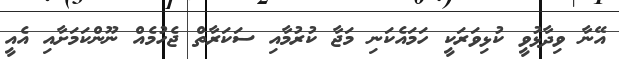
އޭނާ ވިދާޅުވީ ކުޅިވަރަކީ ހަމައެކަނި މަޖާ ކުރުމާއި ސަކަރާތް ޖެހުމެއް ނޫންކަމަށާއި އެއީ